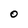
Character: O